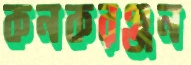
কনকরঞ্জন